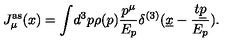
J _ { \mu } ^ { \mathrm { a s } } ( x ) = \int \! d ^ { 3 } p \rho ( p ) \frac { p ^ { \mu } } { E _ { p } } \delta ^ { ( 3 ) } ( \underline { { x } } - \frac { t \underline { { p } } } { E _ { p } } ) .